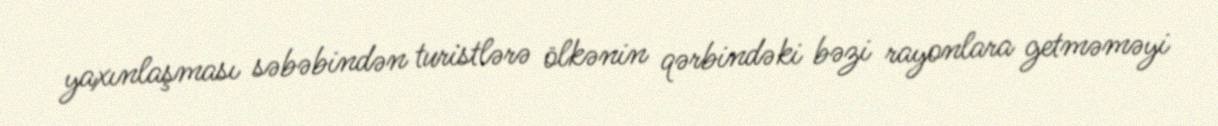
yaxınlaşması səbəbindən turistlərə ölkənin qərbindəki bəzi rayonlara getməməyi